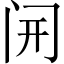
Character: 𫔭